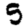
Digit: 5